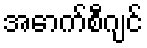
အောက်စီဂျင်